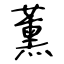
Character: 薰